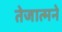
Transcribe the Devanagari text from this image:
तेजात्मने